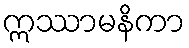
ဣဿာမနိကာ